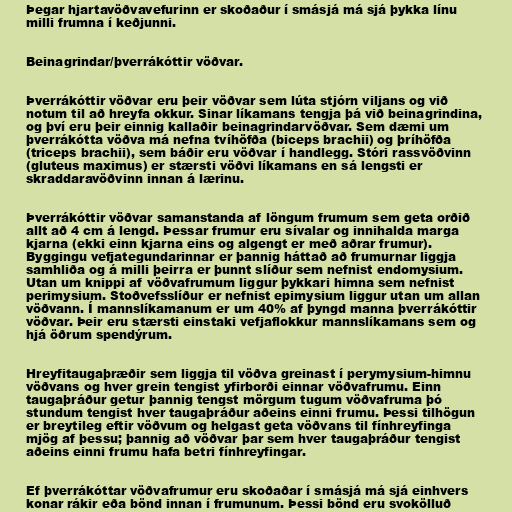
Þegar hjartavöðvavefurinn er skoðaður í smásjá má sjá þykka línu
milli frumna í keðjunni.

Beinagrindar/þverrákóttir vöðvar.

Þverrákóttir vöðvar eru þeir vöðvar sem lúta stjórn viljans og við
notum til að hreyfa okkur. Sinar líkamans tengja þá við beinagrindina,
og því eru þeir einnig kallaðir beinagrindarvöðvar. Sem dæmi um
þverrákótta vöðva má nefna tvíhöfða (biceps brachii) og þríhöfða
(triceps brachii), sem báðir eru vöðvar í handlegg. Stóri rassvöðvinn
(gluteus maximus) er stærsti vöðvi líkamans en sá lengsti er
skraddaravöðvinn innan á lærinu.

Þverrákóttir vöðvar samanstanda af löngum frumum sem geta orðið
allt að 4 cm á lengd. Þessar frumur eru sívalar og innihalda marga
kjarna (ekki einn kjarna eins og algengt er með aðrar frumur).
Byggingu vefjategundarinnar er þannig háttað að frumurnar liggja
samhliða og á milli þeirra er þunnt slíður sem nefnist endomysium.
Utan um knippi af vöðvafrumum liggur þykkari himna sem nefnist
perimysium. Stoðvefsslíður er nefnist epimysium liggur utan um allan
vöðvann. Í mannslíkamanum er um 40% af þyngd manna þverrákóttir
vöðvar. Þeir eru stærsti einstaki vefjaflokkur mannslíkamans sem og
hjá öðrum spendýrum.

Hreyfitaugaþræðir sem liggja til vöðva greinast í perymysium-himnu
vöðvans og hver grein tengist yfirborði einnar vöðvafrumu. Einn
taugaþráður getur þannig tengst mörgum tugum vöðvafruma þó
stundum tengist hver taugaþráður aðeins einni frumu. Þessi tilhögun
er breytileg eftir vöðvum og helgast geta vöðvans til fínhreyfinga
mjög af þessu; þannig að vöðvar þar sem hver taugaþráður tengist
aðeins einni frumu hafa betri fínhreyfingar.

Ef þverrákóttar vöðvafrumur eru skoðaðar í smásjá má sjá einhvers
konar rákir eða bönd innan í frumunum. Þessi bönd eru svokölluð